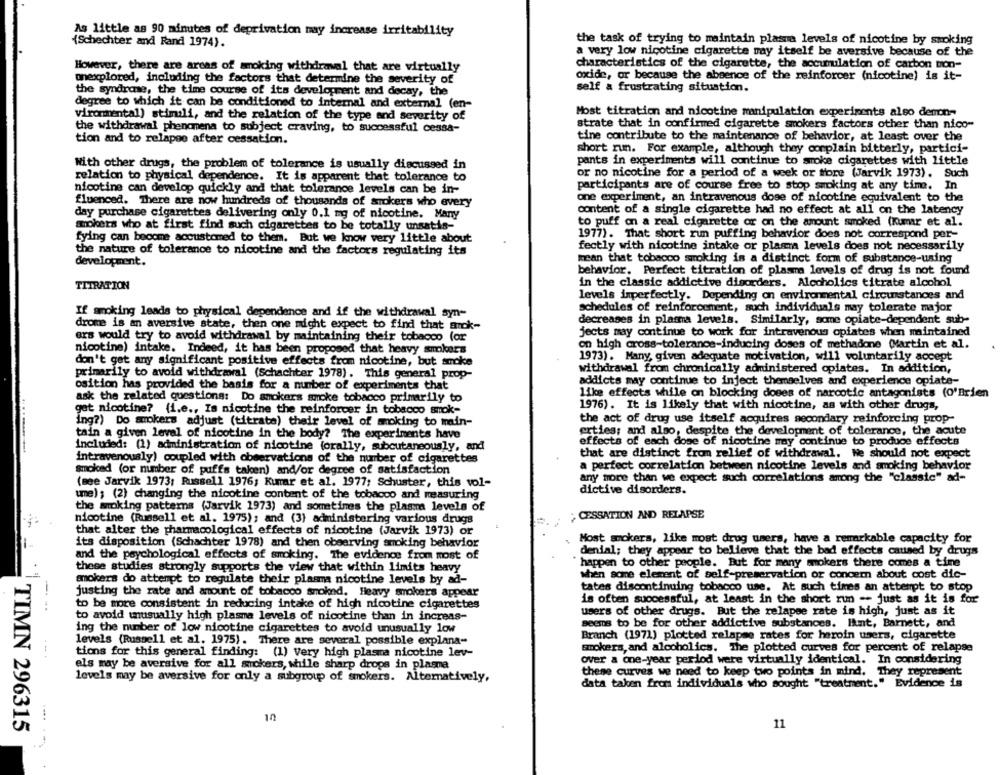
As little as 90 minutes of deprivation may increase irritability
{Schechter and Rand 1974).
the task of trying to maintain plasma levels of nicotine by smoking
a very low nicotine cigarette may itself be aversive because of the
However, there are areas of smoking withdrawal that are virtually
characteristics of the cigarette, the accumulation of carbon mon-
oxide, or because the absence of the reinforcer (nicotine) is it-
onexplored, including the factors that determine the severity of
the syndrome, the time course of its development and decay, the
self & frustrating situation.
degree to which it can be conditioned to internal and external (en-
viromental) stimoli, and the relation of the type and severity of
Most titration and nicotine manipulation experiments also demon-
strate that in confirmed cigarette smokers factors other than nico-
the withdrawal phenomena to subject craving, to successful cessa-
tion and to relapse after cessation.
tine contribute to the maintenance of behavior, at least over the
short run. For example, although they complain bitterly, partici-
pants in experiments will continue to smoke cigarettes with little
With other drugs, the problem of tolerance is usually discussed in
relation to physical dependence. It is apparent that tolerance to
or no nicotine for a period of a week or More (Jarvik 1973). Such
participants are of course free to stop smoking at any time. In
nicotine can develop quickly and that tolerance levels can be in-
one experiment, an intravenous dose of nicotine equivalent to the
fluenced. There are now hundreds of thousands of smokers who every
content of a single cigarette had no effect at all on the latency
day purchase cigarettes delivering only 0.1 mg of nicotine. Many
smokers who at first find such cigarettes to be totally unsatis-
to puff on a real cigarette or on the amount smoked (Kumar et al.
fying can become accustomed to them. But we know very little about
1977). That short run puffing behavior does not correspond per-
fectly with nicotine intake or plasma levels does not necessarily
the nature of tolerance to nicotine and the factors regulating its
development.
mean that tobacco smoking is a distinct form of substance-using
behavior. Perfect titration of plasma levels of drug is not found
TITRATION
in the classic addictive disorders. Alcoholics titrate alcohol
levels imperfectly. Depending on environmental circumstances and
schedules of reinforcement, such individuals may tolerate major
If smoking leads to physical dependence and if the withdrawal syn-
drome is an aversive state, then one might expect to find that arck-
decreases in plasma levels. Similarly, some opiate-dependent sub-
jects may continue to work for intravenous opiates when maintained
ers would try to avoid withdrawal by maintaining their tobacco (or
nicotine) intake. Indeed, it has been proposed that heavy smokers
on high cross-tolerance-inducing doses of methadone (Martin et al.
1973). Many, given adequate motivation, will voluntarily accept
don't get any significant positive effects from nicotine, but smoke
withdrawal from chronically administered opiates. In addition,
primarily to avoid withdrawal (Schachter 1978) . This general prop-
addicts may continue to inject themselves and experience opiate-
osition has provided the basis for a number of experiments that
like effects while on blocking doses of narcotic antagonists (O'Brien
ask the related questions: Do smokers smoke tobacco primarily to
gat nicotine? (i.e ., Is nicotine the reinforcer in tobacco smok-
1976) . It is likely that with nicotine, as with other drugs,
the act of drug use itself acquires secondary reinforcing prop-
ing?) Do smokers adjust (titrate) their level of moking to main-
tain a given level of nicotine in the body? The experiments have
erties; and also, despite the development of tolerance, the acute
effects of each dose of nicotine may continue to produce effects
included: (1) administration of nicotine (orally, subcutaneously, and
intravenously) coupled with observations of the number of cigarettes
that are distinct from relief of withdrawal. We should not expect
a perfect correlation between nicotine levels and smoking behavior
smoked (or number of puffs taken) and/or degree of satisfaction
any more than we expect such correlations among the "classic" ad-
(mee Jarvik 1973; Russell 1976; Kumar et al. 1977; Schuster, this vol-
ume); (2) changing the nicotine content of the tobacco and measuring
dictive disorders.
the moking patterns (Jarvik 1973) and sometimes the plasma levels of
nicotine (Russell et al. 1975); and (3) administering various drugs
;CESSATION AND RELAPSE
that alter the pharmacological effects of nicotine (Jarvik 1973) or
its disposition (Schachter 1978) and then observing smoking behavior
Most smokers, like most drug users, have a remarkable capacity for
denial; they appear to believe that the bad effects caused by drugs
and the psychological effects of smoking. The evidence from most of
happen to other people. But for many smokers there comes a time
these studies strongly supports the view that within limits heavy
smokers do attempt to regulate their plasma nicotine levels by ad-
when some element of self-preservation or concern about cost dic-
tates discontinuing tobacco use. At such times an attempt to stop
justing the rate and amount of tobacco smoked. Heavy smokers appear
to be more consistent in reducing intake of high nicotine cigarettes
is often successful, at least in the short run -- just as it is for
. ..
users of other drugs. But the relapse rate is high, just as it
to avoid unusually high plasma levels of nicotine than in increas-
ing the number of low nicotine cigarettes to avoid unusually low
seems to be for other addictive substances. lint, Barnett, and
Branch (1971) plotted relapse rates for heroin users, cigarette
levels (Russell et al. 1975). There are several possible explana-
smokers, and alcoholics. The plotted curves for percent of relapse
. .. .
tions for this general finding: (1) Very high plasma nicotine lev-
over a one-year period were virtually identical. In considering
els may be aversive for all smokers, while sharp drops in plasma
these curves we need to keep two points in mind. They represent
levels may be aversive for only a subgroup of smokers. Alternatively,
data taken from individuals who sought "treatment." Evidence is
10
TIMN 296315
11